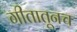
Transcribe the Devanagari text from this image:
गीतातूनच